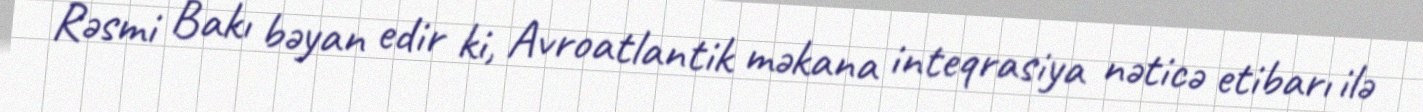
Rəsmi Bakı bəyan edir ki, Avroatlantik məkana inteqrasiya nəticə etibarı ilə